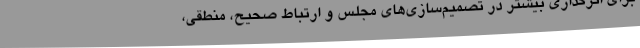
برای اثرگذاری بیشتر در تصمیم‌سازی‌های مجلس و ارتباط صحیح، منطقی،